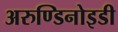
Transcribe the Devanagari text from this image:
अरुण्डिनोइडी